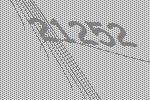
21252